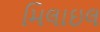
મિલાઇલ